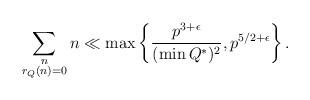
LaTeX: \begin{align*}\sum_{\substack{n \\ r_{Q}(n) = 0}} n \ll \max \left\{ \frac{p^{3+\epsilon}}{(\min Q^{*})^{2}}, p^{5/2 + \epsilon} \right\}.\end{align*}